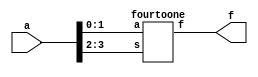
module main(a,f);
	input [3:0] a;
	output f;
	fourtoone stage0(a[1:0],a[3:2],f);
endmodule


module fourtoone(a,s,f);
	input [1:0] a;
	input [1:0] s;
	output f;
	reg f;
	always@(s,a)
	begin
		case(s)
			0: f = ~a[0]|a[1];
			1: f = a[0];
			2: f = 0;
			3: f = 0;
	
		endcase
	end
endmodule